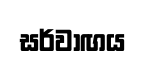
සර්වාඟය